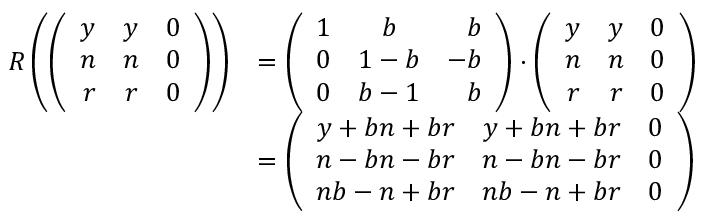
\begin{array} { r l } { R \left( \left( \begin{array} { r r r } { y } & { y } & { 0 } \\ { n } & { n } & { 0 } \\ { r } & { r } & { 0 } \end{array} \right) \right) } & { = \left( \begin{array} { c c r } { 1 } & { b } & { b } \\ { 0 } & { 1 - b } & { - b } \\ { 0 } & { b - 1 } & { b } \end{array} \right) \cdot \left( \begin{array} { r r r } { y } & { y } & { 0 } \\ { n } & { n } & { 0 } \\ { r } & { r } & { 0 } \end{array} \right) } \\ & { = \left( \begin{array} { c c c } { y + b n + b r } & { y + b n + b r } & { 0 } \\ { n - b n - b r } & { n - b n - b r } & { 0 } \\ { n b - n + b r } & { n b - n + b r } & { 0 } \end{array} \right) } \end{array}